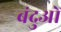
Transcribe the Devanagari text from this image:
बंदुओं